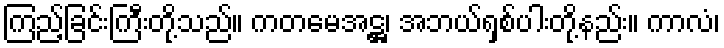
ကြည့်ခြင်းကြီးတို့သည်။ ကတမေအဋ္ဌ၊ အဘယ်ရှစ်ပါးတို့နည်း။ ကာလံ၊